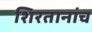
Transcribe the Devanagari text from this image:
शिरतानांच